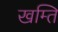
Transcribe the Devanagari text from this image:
खम्ति